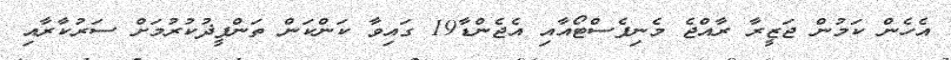
އެހެން ކަމުން ޖަޒީރާ ރާއްޖެ މެނިފެސްޓޯއާއި އެޖެންޑާ19 ގައިވާ ކަންކަން ތަންފީޛުކުރުމަށް ސަރުކާރާއި